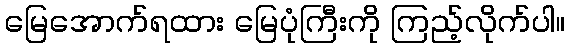
မြေအောက်ရထား မြေပုံကြီးကို ကြည့်လိုက်ပါ။